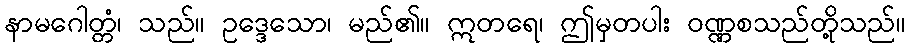
နာမဂေါတ္တံ၊ သည်။ ဥဒ္ဒေသော၊ မည်၏။ ဣတရေ၊ ဤမှတပါး ဝဏ္ဏစသည်တို့သည်။